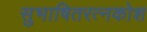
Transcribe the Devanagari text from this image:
सुभाषितरत्नकोश